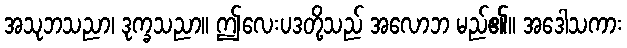
အသုဘသညာ၊ ဒုက္ခသညာ။ ဤလေးပဒတို့သည် အလောဘ မည်၏။ အဒေါသကား